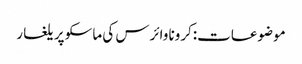
موضوعات:کرونا وائرس کی ماسکو پر یلغار